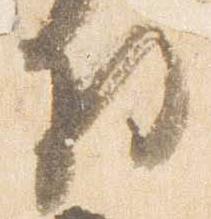
将